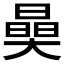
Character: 𣊖